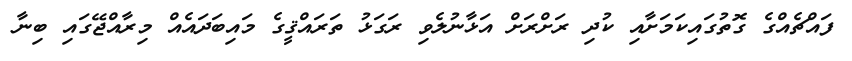
ފައްޗެއްގެ ގޮތުގައިކަމަށާއި ކުދި ރަށްރަށް އަޅާނުލެވި ރަގަޅު ތަރައްޤީގެ މައިބަދައެއް މިރާއްޖޭގައި ބިނާ